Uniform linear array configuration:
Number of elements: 12
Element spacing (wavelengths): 0.75
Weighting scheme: cosine
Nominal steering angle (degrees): -45
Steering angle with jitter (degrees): -46.098
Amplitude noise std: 0.05
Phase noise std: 0.05

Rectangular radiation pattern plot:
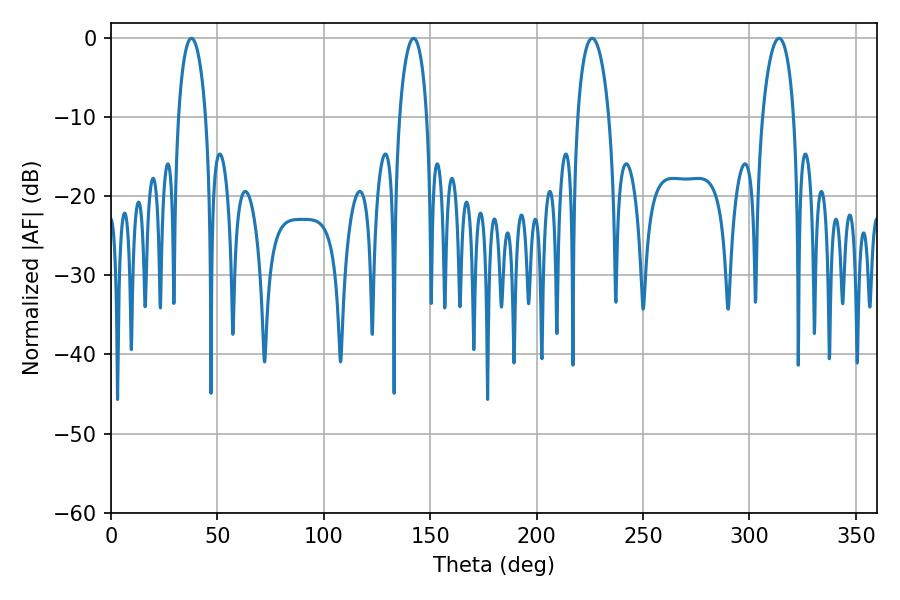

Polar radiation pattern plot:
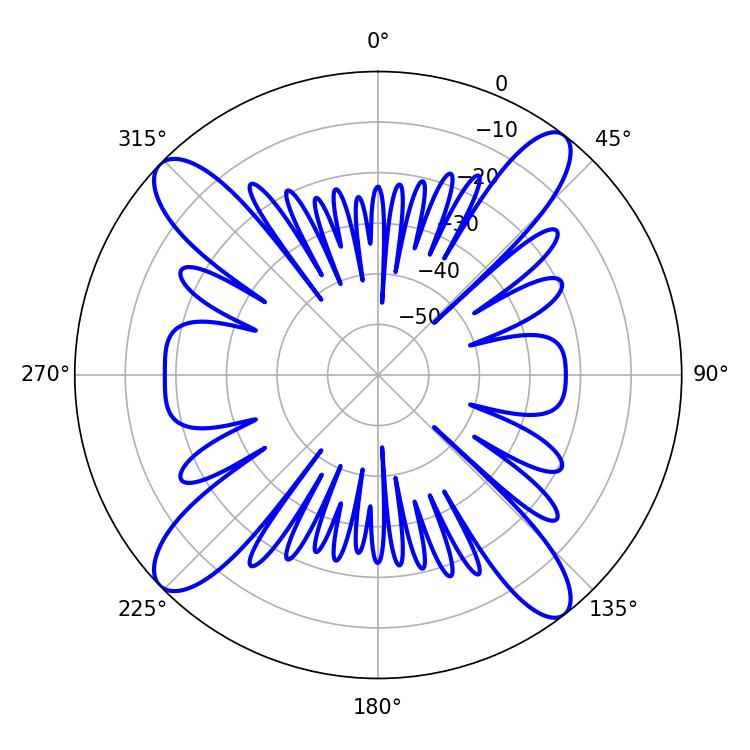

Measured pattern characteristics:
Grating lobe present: TRUE
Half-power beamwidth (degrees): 7.38
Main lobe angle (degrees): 37.8